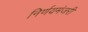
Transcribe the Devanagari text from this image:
निर्णयमंजरी